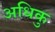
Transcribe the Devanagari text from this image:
अधिकु